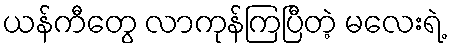
ယန်ကီတွေ လာကုန်ကြပြီတဲ့ မလေးရဲ့